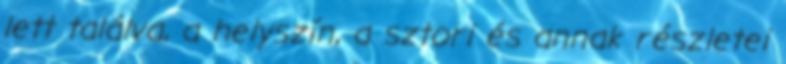
lett találva, a helyszín, a sztori és annak részletei